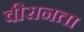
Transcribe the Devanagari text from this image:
वीरानता